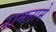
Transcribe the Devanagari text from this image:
रामनामे